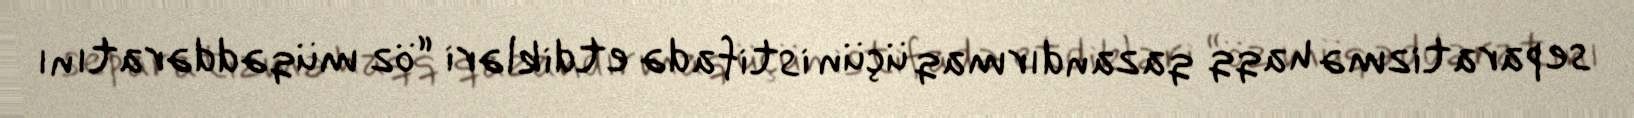
separatizmə haqq qazandırmaq üçün istifadə etdikləri “öz müqəddəratını